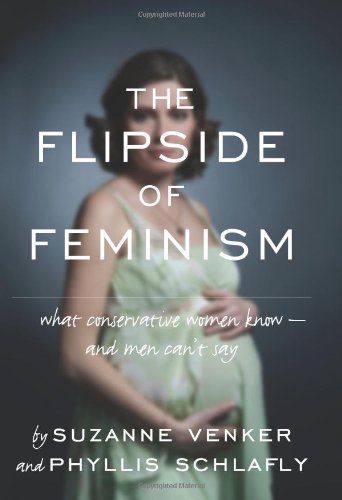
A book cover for The Flipside of Feminism: What Conservative Women Know -- and Men Can't Say; Suzanne Venker; Politics & Social Sciences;